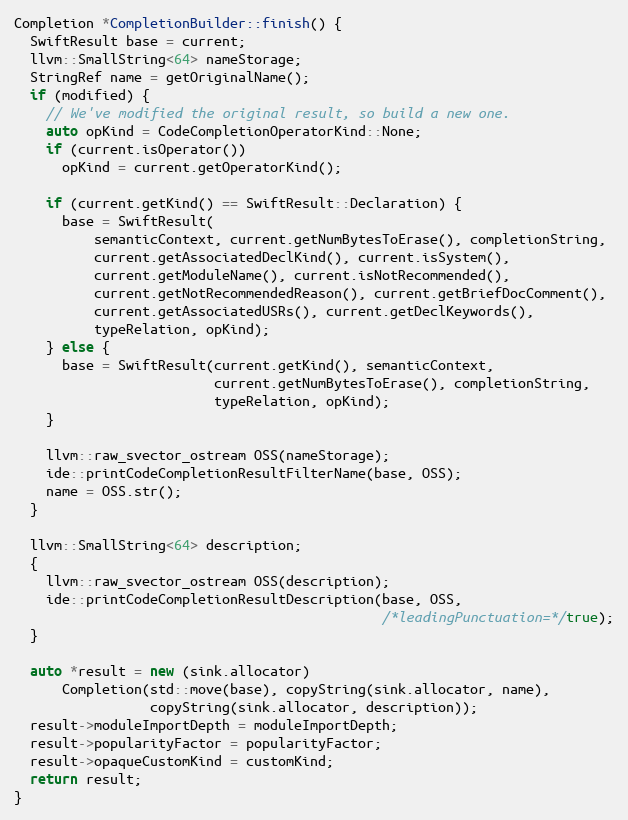
Language: C++
Completion *CompletionBuilder::finish() {
  SwiftResult base = current;
  llvm::SmallString<64> nameStorage;
  StringRef name = getOriginalName();
  if (modified) {
    // We've modified the original result, so build a new one.
    auto opKind = CodeCompletionOperatorKind::None;
    if (current.isOperator())
      opKind = current.getOperatorKind();

    if (current.getKind() == SwiftResult::Declaration) {
      base = SwiftResult(
          semanticContext, current.getNumBytesToErase(), completionString,
          current.getAssociatedDeclKind(), current.isSystem(),
          current.getModuleName(), current.isNotRecommended(),
          current.getNotRecommendedReason(), current.getBriefDocComment(),
          current.getAssociatedUSRs(), current.getDeclKeywords(),
          typeRelation, opKind);
    } else {
      base = SwiftResult(current.getKind(), semanticContext,
                         current.getNumBytesToErase(), completionString,
                         typeRelation, opKind);
    }

    llvm::raw_svector_ostream OSS(nameStorage);
    ide::printCodeCompletionResultFilterName(base, OSS);
    name = OSS.str();
  }

  llvm::SmallString<64> description;
  {
    llvm::raw_svector_ostream OSS(description);
    ide::printCodeCompletionResultDescription(base, OSS,
                                              /*leadingPunctuation=*/true);
  }

  auto *result = new (sink.allocator)
      Completion(std::move(base), copyString(sink.allocator, name),
                 copyString(sink.allocator, description));
  result->moduleImportDepth = moduleImportDepth;
  result->popularityFactor = popularityFactor;
  result->opaqueCustomKind = customKind;
  return result;
}